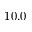
1 0 . 0